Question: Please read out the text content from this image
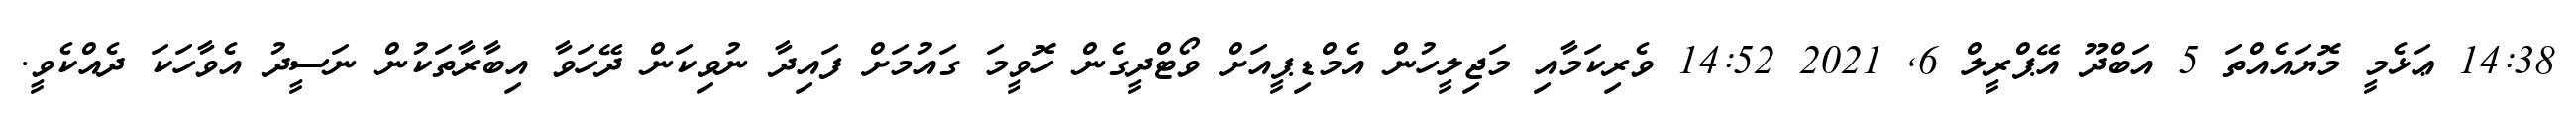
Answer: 14:38 ޢަޅެމީ މޮޔައެއްތަ 5 އަބްދޫ އޭޕްރީލް 6, 2021 14:52 ވެރިކަމާއި މަޖިލީހުން އެމްޑިޕީއަށް ވޯޓްދީގެން ހޮވީމަ ގައުމަށް ފައިދާ ނުވިކަން ދޭހަވާ އިބާރާތަކުން ނަސީދު އެވާހަކަ ދެއްކެވީ.